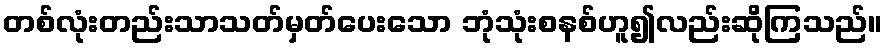
တစ်လုံးတည်းသာသတ်မှတ်ပေးသော ဘုံသုံးစနစ်ဟူ၍လည်းဆိုကြသည်။